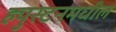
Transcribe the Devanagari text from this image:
ह्युस्टनमधील